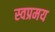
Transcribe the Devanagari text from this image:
स्वप्रमय